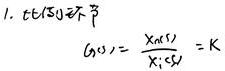
1. $t \in S$且$z \neq \beta$
\[
G(s)=\frac{X_{0}(s)}{X_{i}(s)}=K
\]